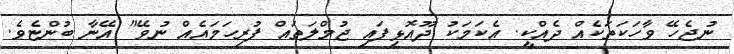
ނުޖެހޭ ވާހަކަތަކެއް ދެއްކީ. އެކަމަކު ދޫއޮޅިފައި ޖުމްލަތައް ފުރިހަމައެއް ނުވޭ" އޭނާ ބުންޏެވެ.